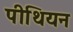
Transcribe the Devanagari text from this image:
पीथियन